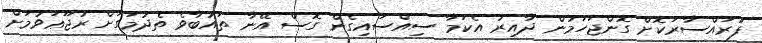
ފުރައްސާރަކޮށް ގޮންޖަހަމުން ދާއިރު އެކަމާ ސިއްސައިގެން ގޮސް އޭނާ ތައުބާވެ ތެދުމަގަށް ރުޖޫޢަވުމަށް